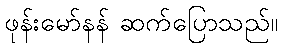
ဖုန်းမော်နန် ဆက်ပြောသည်။